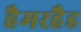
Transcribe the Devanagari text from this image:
हैमरहैड